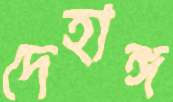
দেহাঙ্গ